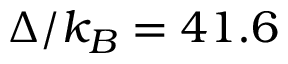
\Delta / k _ { B } = 4 1 . 6